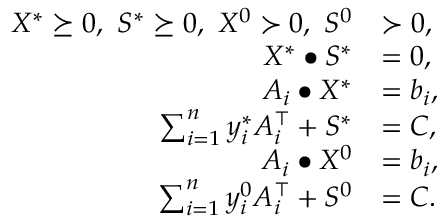
\begin{array} { r l } { X ^ { * } \succeq 0 , ~ S ^ { * } \succeq 0 , ~ X ^ { 0 } \succ 0 , ~ S ^ { 0 } } & { \succ 0 , } \\ { X ^ { * } \bullet S ^ { * } } & { = 0 , } \\ { A _ { i } \bullet X ^ { * } } & { = b _ { i } , } \\ { \sum _ { i = 1 } ^ { n } y _ { i } ^ { * } A _ { i } ^ { \top } + S ^ { * } } & { = C , } \\ { A _ { i } \bullet X ^ { 0 } } & { = b _ { i } , } \\ { \sum _ { i = 1 } ^ { n } y _ { i } ^ { 0 } A _ { i } ^ { \top } + S ^ { 0 } } & { = C . } \end{array}